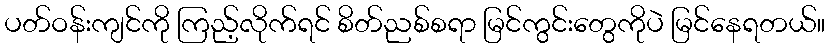
ပတ်ဝန်းကျင်ကို ကြည့်လိုက်ရင် စိတ်ညစ်စရာ မြင်ကွင်းတွေကိုပဲ မြင်နေရတယ်။